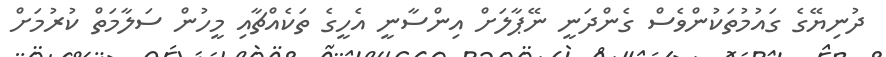
ދުނިޔޭގެ ގައުމުތަކުންވެސް ގެންދަނީ ނޭޕާލަށް އިންސާނީ އެހީގެ ތަކެއްޗާއި މީހުން ސަލާމަތް ކުރުމަށް